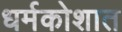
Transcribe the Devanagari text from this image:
धर्मकोशात